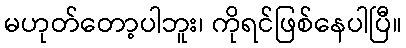
မဟုတ်တော့ပါဘူး၊ ကိုရင်ဖြစ်နေပါပြီ။